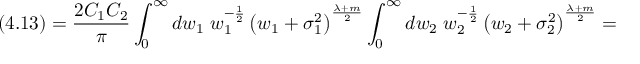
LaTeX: ( 4 . 1 3 ) = \frac { 2 C _ { 1 } C _ { 2 } } { \pi } \int _ { 0 } ^ { \infty } d w _ { 1 } \; w _ { 1 } ^ { - \frac { 1 } { 2 } } \left( w _ { 1 } + { \sigma } _ { 1 } ^ { 2 } \right) ^ { \frac { \lambda + m } { 2 } } \int _ { 0 } ^ { \infty } d w _ { 2 } \; w _ { 2 } ^ { - \frac { 1 } { 2 } } \left( w _ { 2 } + { \sigma } _ { 2 } ^ { 2 } \right) ^ { \frac { \lambda + m } { 2 } } =